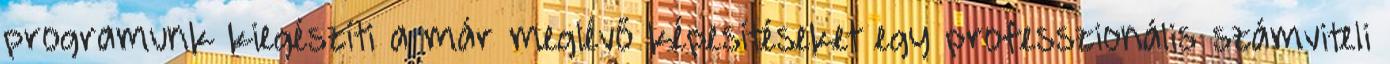
programunk kiegészíti a már meglévő képesítéseket egy professzionális számviteli